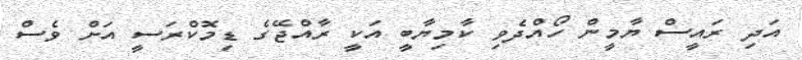
އަދި ރައީސް ޔާމީން ހޯއްދެވި ކާމިޔާބީ އަކީ ރާއްޖޭގެ ޑިމޮކްރަސީ އަށް ވެސް